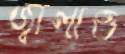
জ্বালাও